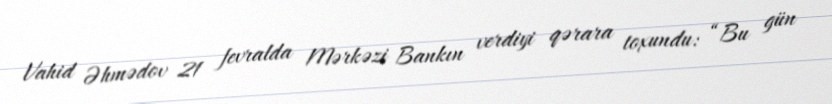
Vahid Əhmədov 21 fevralda Mərkəzi Bankın verdiyi qərara toxundu: “Bu gün